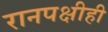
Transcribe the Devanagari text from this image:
रानपक्षीही